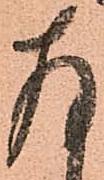
存